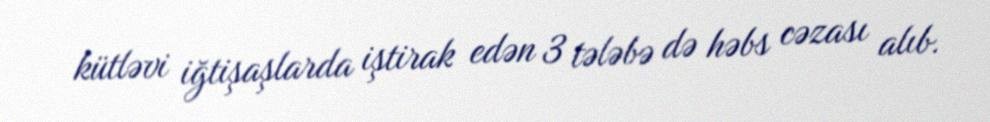
kütləvi iğtişaşlarda iştirak edən 3 tələbə də həbs cəzası alıb.